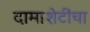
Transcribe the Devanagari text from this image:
दामाशेटींचा